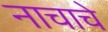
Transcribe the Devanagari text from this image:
नाचाचे